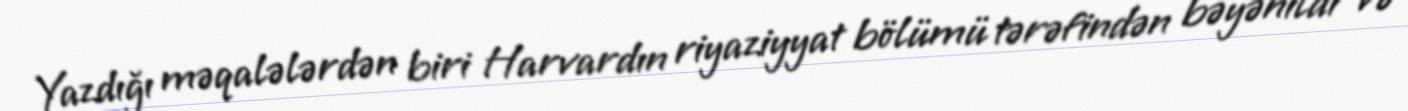
Yazdığı məqalələrdən biri Harvardın riyaziyyat bölümü tərəfindən bəyənildi və